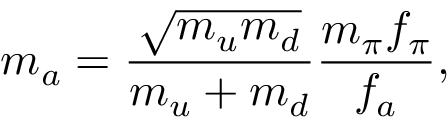
m _ { a } = \frac { \sqrt { m _ { u } m _ { d } } } { m _ { u } + m _ { d } } \frac { m _ { \pi } f _ { \pi } } { f _ { a } } ,